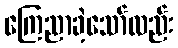
ကြေညာခဲ့သော်လည်း